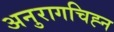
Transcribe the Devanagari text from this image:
अनुरागचिह्न